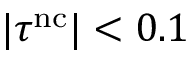
| \tau ^ { \mathrm { n c } } | < 0 . 1